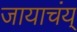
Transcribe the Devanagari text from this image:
जायाचंय्‌